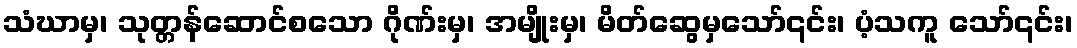
သံဃာမှ၊ သုတ္တန်ဆောင်စသော ဂိုဏ်းမှ၊ အမျိုးမှ၊ မိတ်ဆွေမှသော်၎င်း၊ ပံ့သကူ သော်၎င်း၊